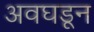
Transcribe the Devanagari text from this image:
अवघडून